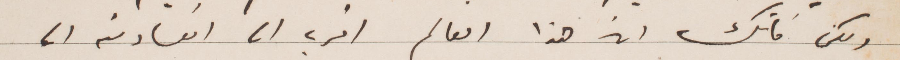
ولكن فاتك ان هذا العالم اقرب الى الفساد من